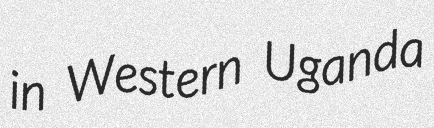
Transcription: in Western Uganda